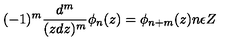
( - 1 ) ^ { m } \frac { d ^ { m } } { ( z d z ) ^ { m } } \phi _ { n } ( z ) = \phi _ { n + m } ( z ) n \epsilon Z